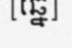
[ឆ្នេ]